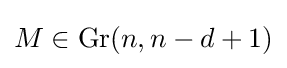
M\in \operatorname {Gr} (n,n-d+1)